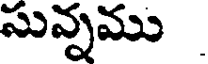
సున్నము